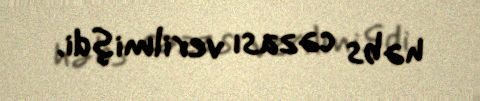
həbs cəzası verilmişdi.